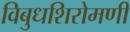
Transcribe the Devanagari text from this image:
विबुधशिरोमणी